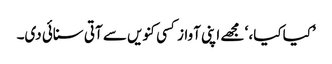
’کیا کیا، ‘ مجھے اپنی آواز کسی کنویں سے آتی سنائی دی۔